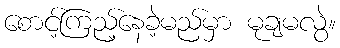
စောင့်ကြည့်နေခဲ့မည်မှာ မုချမလွဲ။